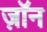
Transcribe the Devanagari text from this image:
ज़ॉन